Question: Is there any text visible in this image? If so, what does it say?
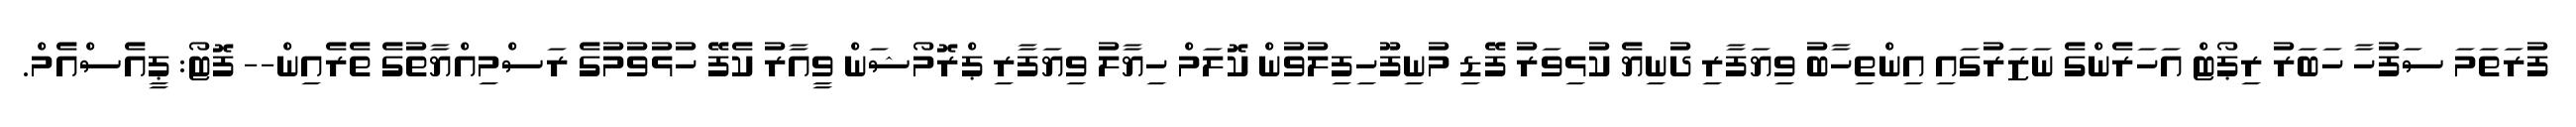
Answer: ފުރަތަމަ ސަފުހާ ހަބަރު ރިޕޯޓް އަހަރެންގެ ނަޒަރުގައި އިންތިހާބު ވިޔަފާރި ދުނިޔެ ކުޅިވަރު ފޭޑި މުނިފޫހިފިލުވުން ކޮލަމް ހިޔާލު ވިޔަފާރި ޕްރޮމޯޝަން ވީއާރު ކެފޭ ހުޅުވުމުގެ ރަސްމިއްޔާތުގެ ތެރެއިން-- ފޮޓޯ: ޕީއެސްއެމް.